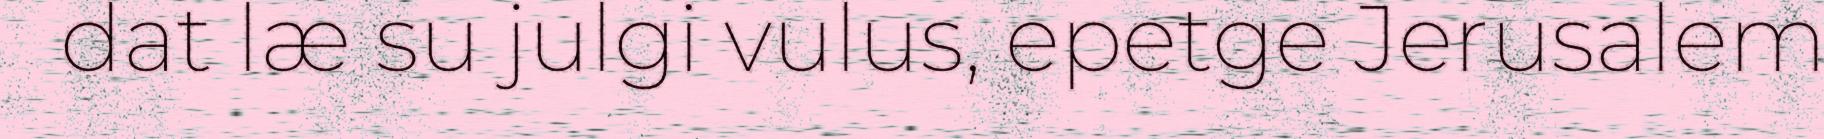
dat læ su julgi vulus, epetge Jerusalem